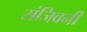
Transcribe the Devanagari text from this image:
संजिवनी